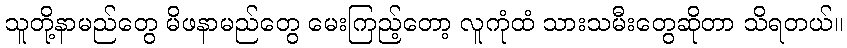
သူတို့နာမည်တွေ မိဖနာမည်တွေ မေးကြည့်တော့ လူကုံထံ သားသမီးတွေဆိုတာ သိရတယ်။